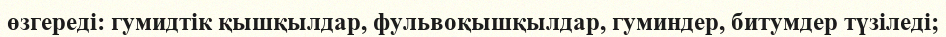
өзгереді: гумидтік қышқылдар, фульвоқышқылдар, гуминдер, битумдер түзіледі;